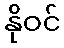
နိုဝင်